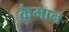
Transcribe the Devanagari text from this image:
कैमान